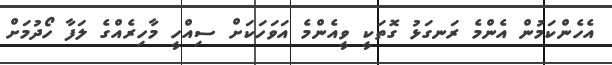
އެހެންކަމުން އެންމެ ރަނގަޅު ގޮތަކީ ވީއެންމެ އަވަހަކަށް ސިއްހީ މާހިރެއްގެ ލަފާ ހޯދުމަށް